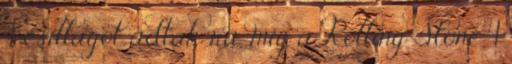
4 csillagot adtak rá, míg a Rolling Stone 4